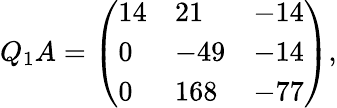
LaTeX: Q_{1}A={\left(\begin{array}{lll}{14}&{21}&{-14}\\ {0}&{-49}&{-14}\\ {0}&{168}&{-77}\end{array}\right)},